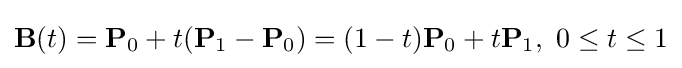
\mathbf {B} (t)=\mathbf {P} _{0}+t(\mathbf {P} _{1}-\mathbf {P} _{0})=(1-t)\mathbf {P} _{0}+t\mathbf {P} _{1},\ 0\leq t\leq 1